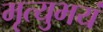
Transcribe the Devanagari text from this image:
मृत्युभयं